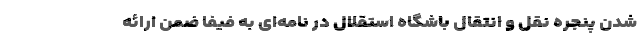
شدن پنجره نقل‌ و انتقال باشگاه استقلال در نامه‌ای به فیفا ضمن ارائه